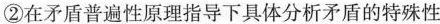
②在矛盾普遍性原理指导下具体分析矛盾的特殊性